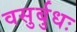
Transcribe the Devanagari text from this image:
वसुर्बुधः